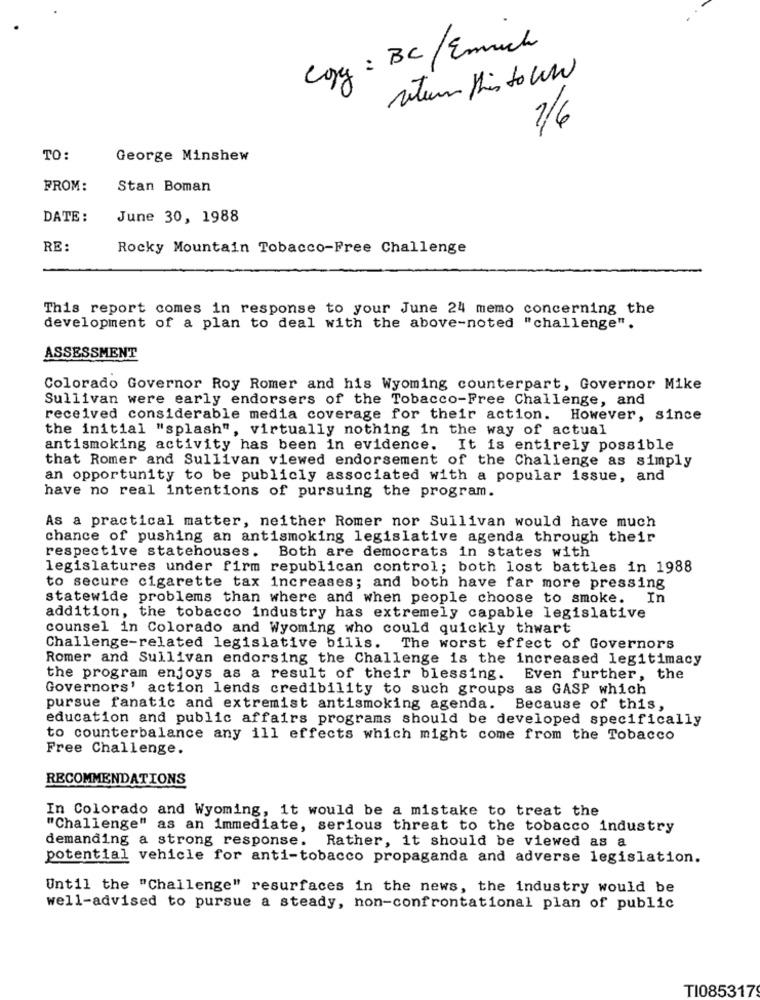
Copy : BC / Emrich
return this to WW
1/6
TO:
George Minshew
FROM:
Stan Boman
DATE :
June 30, 1988
RE :
Rocky Mountain Tobacco-Free Challenge
This report comes in response to your June 24 memo concerning the
development of a plan to deal with the above-noted "challenge".
ASSESSMENT
Colorado Governor Roy Romer and his Wyoming counterpart, Governor Mike
Sullivan were early endorsers of the Tobacco-Free Challenge, and
received considerable media coverage for their action.
However, since
the initial "splash", virtually nothing in the way of actual
antismoking activity has been in evidence. It is entirely possible
that Romer and Sullivan viewed endorsement of the Challenge as simply
an opportunity to be publicly associated with a popular issue, and
have no real intentions of pursuing the program.
As a practical matter, neither Romer nor Sullivan would have much
chance of pushing an antismoking legislative agenda through their
respective statehouses. Both are democrats in states with
legislatures under firm republican control; both lost battles in 1988
to secure cigarette tax increases; and both have far more pressing
statewide problems than where and when people choose to smoke.
In
addition, the tobacco industry has extremely capable legislative
counsel in Colorado and Wyoming who could quickly thwart
Challenge-related legislative bills. The worst effect of Governors
Romer and Sullivan endorsing the Challenge is the increased legitimacy
the program enjoys as a result of their blessing. Even further, the
Governors' action lends credibility to such groups as GASP which
pursue fanatic and extremist antismoking agenda. Because of this,
education and public affairs programs should be developed specifically
to counterbalance any ill effects which might come from the Tobacco
Free Challenge.
RECOMMENDATIONS
In Colorado and Wyoming, it would be a mistake to treat the
"Challenge" as an immediate, serious threat to the tobacco industry
demanding a strong response. Rather, it should be viewed as a
potential vehicle for anti-tobacco propaganda and adverse legislation.
Until the "Challenge" resurfaces in the news, the industry would be
well-advised to pursue a steady, non-confrontational plan of public
TI085317